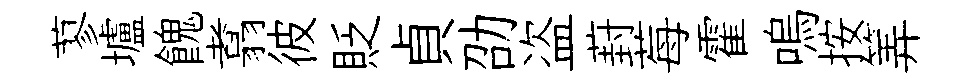
蓼壚餽翥彼貶貞劭盗葑莓霍嗚按筭